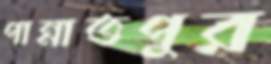
পান্নাতপুর